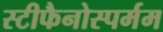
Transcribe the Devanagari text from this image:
स्टीफैनोस्पर्मम